Trukikaitis_Postimees, lk 13
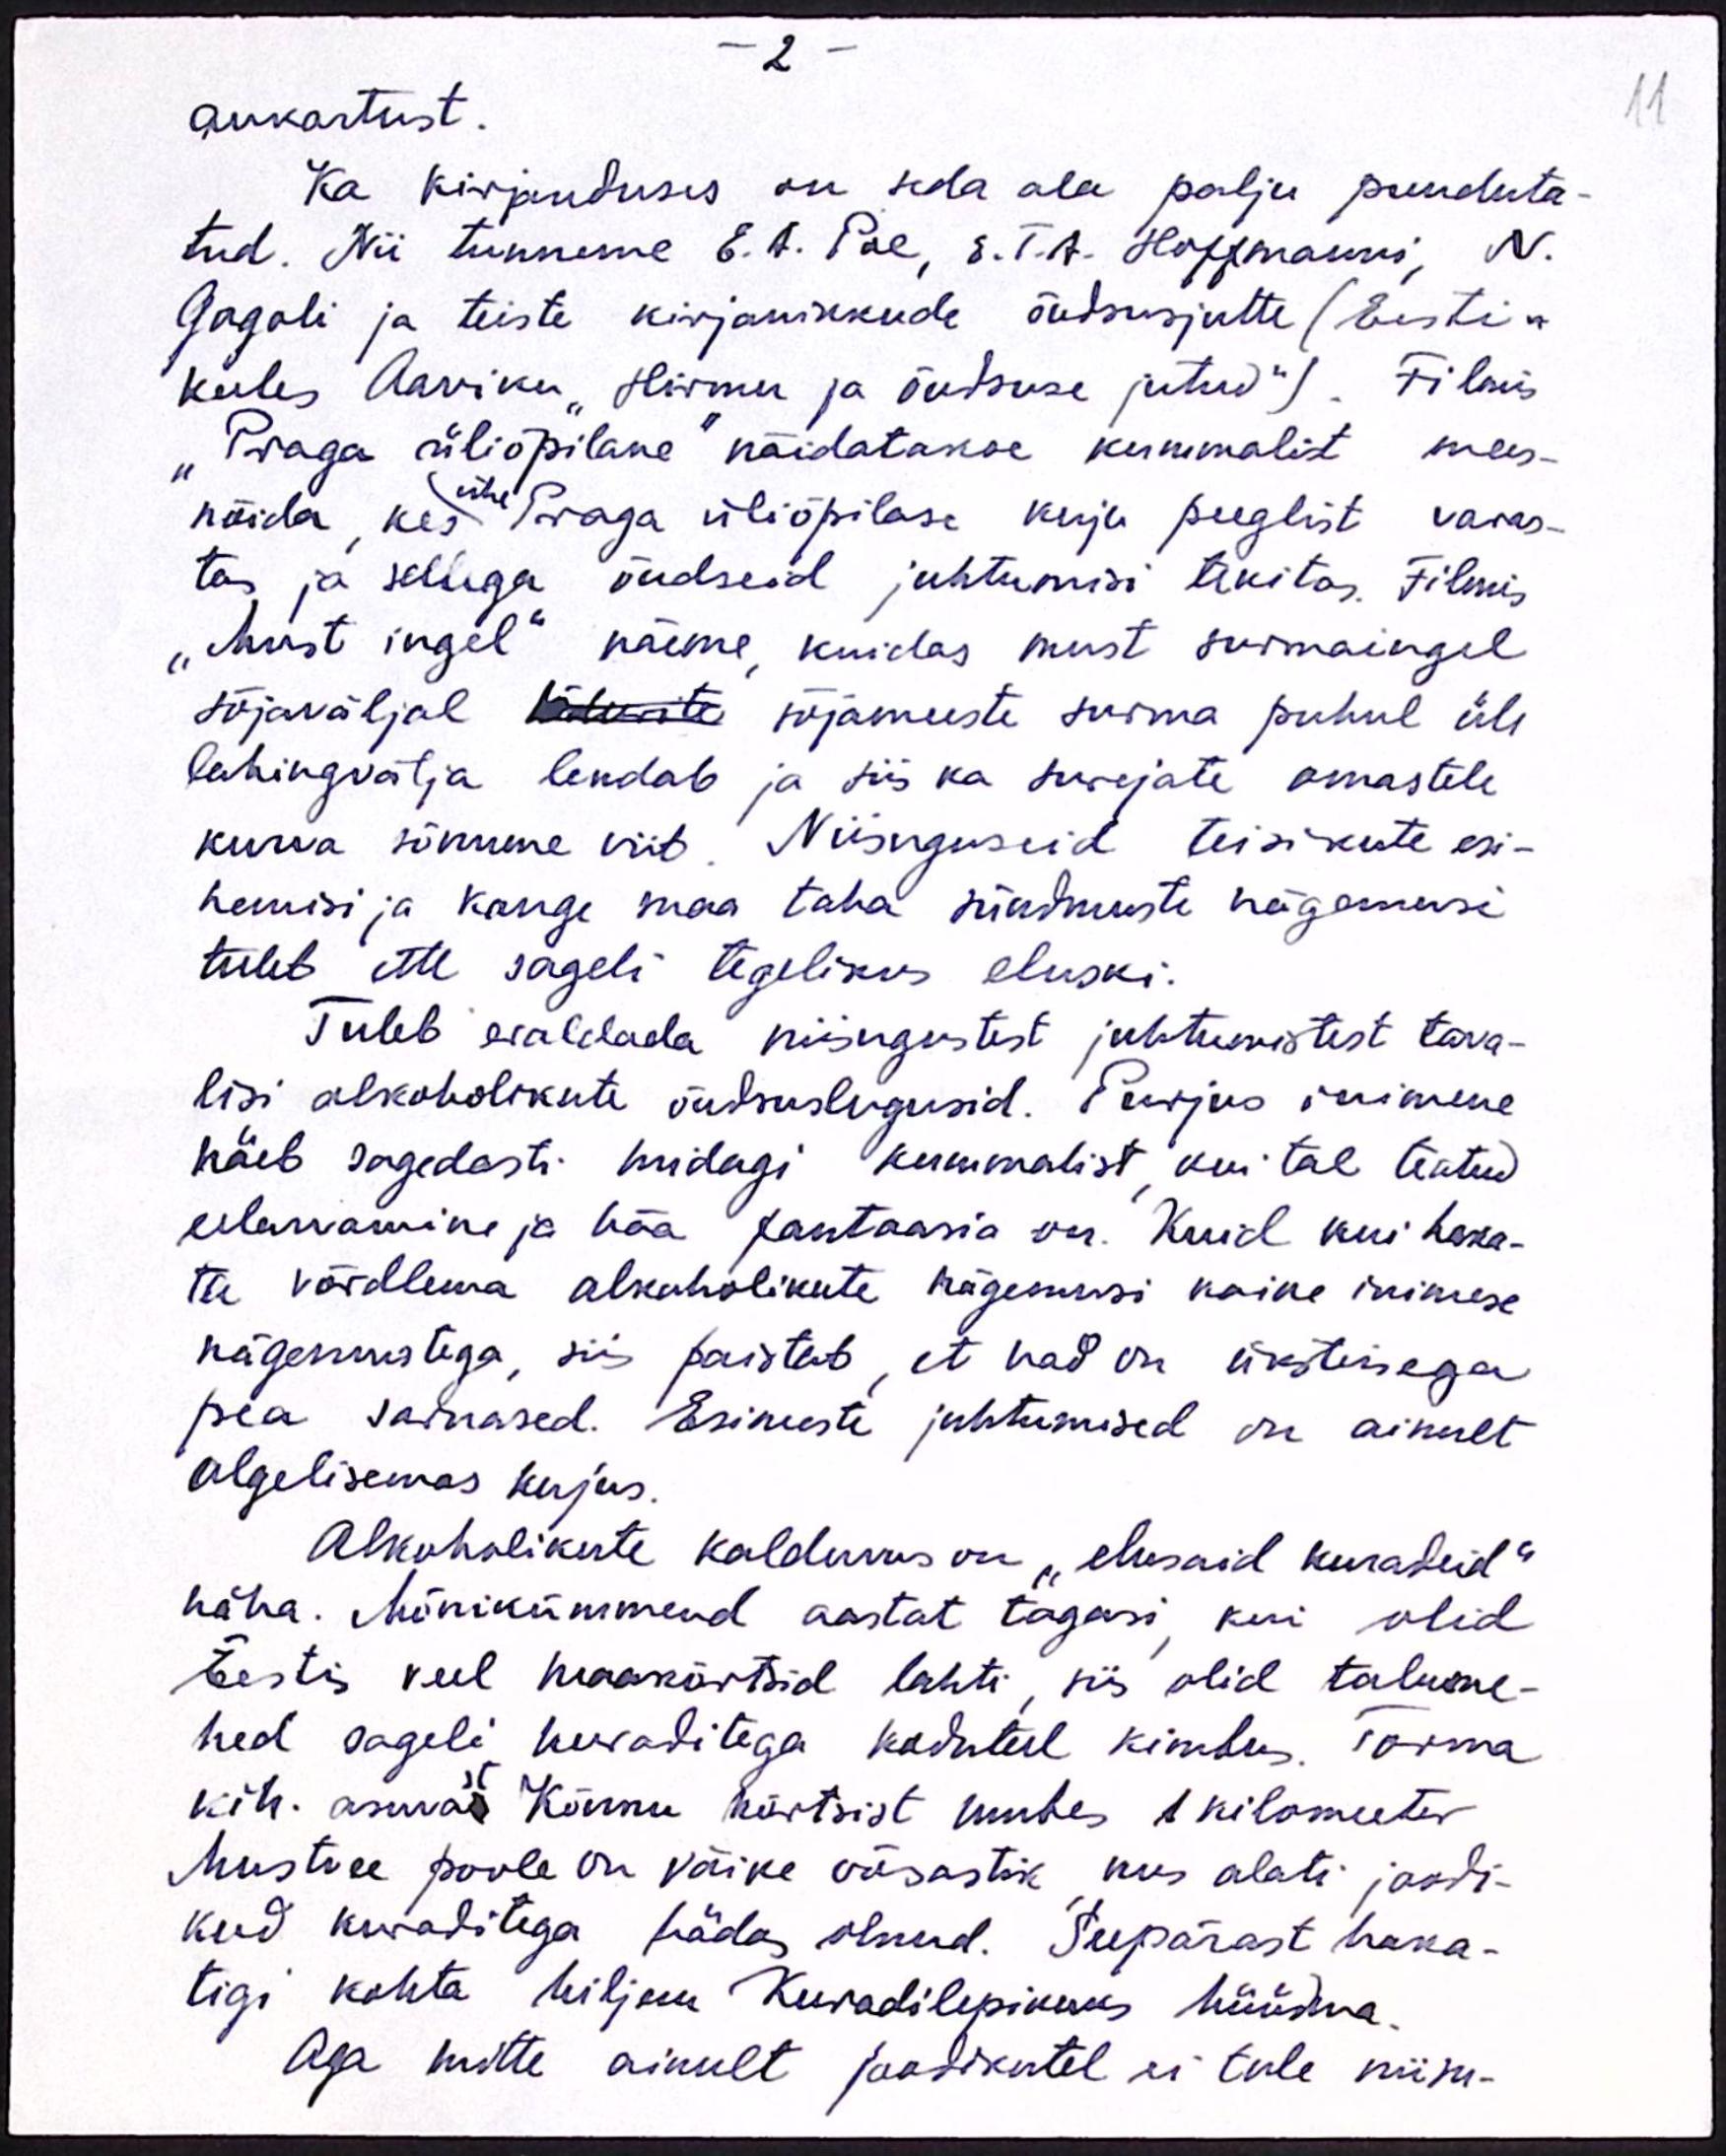
aukartust.
Ka kirjanduses on seda ala palju puuduta-
tud. Nii tunneme E. A. Poe, E. T. A. Hoffmanni, N.
Gogoli ja teiste kirjanikkude õudsusjutte (Eesti-
keeles Aaviku "Hirmu ja õudsuse jutud"). Filmis
"Praga üliõpilane" näidatakse kummalist mees-
nõida, kes Praga üliõpilase kuju peeglist varas-
ühe
tas ja sellega õudseid juhtumisi tekitas. Filmis
"Must ingel" näeme kuidas must surmaingel
sõjaväljal sõdurite sõjameeste surma puhul üle
lahingvälja lendab ja siis ka surejate omastele
kurva sõnume viib. Niisuguseid teisikute esi-
nemisi ja kange maa taha sündmuste nägemusi
tuleb ette sageli tegelikus eluski.
Tuleb eraldada niisugustest juhtumistest tava-
lisi alkoholikute õudsuslugusid. Purjus inimene
näeb sagedasti midagi kummalist kui tal teatud
eelarvamine ja hää fantaasia on. Kuid kui haka-
ta võrdlema alkoholikute nägemusi kaine inimese
nägemustega, siis paistab, et nad on üksteisega
pea sarnased. Esimeste juhtumised on ainult
algelisemas kujus.
Alkoholikute kalduvus on "elusaid kuradeid"
näha. Mõnikümmend aastat tagasi kui olid
Eestis veel maakõrtsid lahti, siis olid talume-
hed sageli kuraditega koduteel kimbu. Torma
kih. asuvas Kõnnu kõrtsist umbes 1 kilomeeter
Mustvee poole on väike võsastik, kus alati joodi-
kud kuraditega hädas olnud. Seepärast haka-
tigi kohta hiljem Kuradilepikuks hüüdma.
Aga mitte ainult joodikutel ei tule niisu-